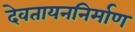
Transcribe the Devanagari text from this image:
देवतायननिर्माण